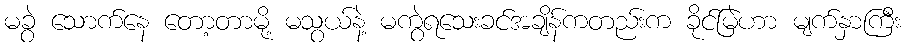
မခွဲ သောက်နေ တော့တာမို့ မသွယ်နဲ့ မကွဲရသေးခင်အချိန်ကတည်းက ခိုင်မြဲဟာ မျက်နှာကြီး